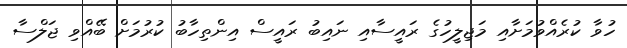
ހުވާ ކުރެއްވުމަށާއި މަޖިލީހުގެ ރައީސާއި ނައިބު ރައީސް އިންތިހާބު ކުރުމަށް ބޭއްވި ޖަލްސާ